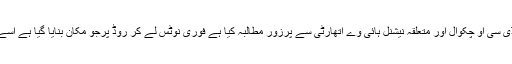
اہل دیہہ نے ڈی سی او چکوال اور متعلقہ نیشنل ہائی وے اتھارٹی سے پرزور مطالبہ کیا ہے فوری نوٹس لے کر روڈ پرجو مکان بنایا گیا ہے اسے گرایا جائے۔